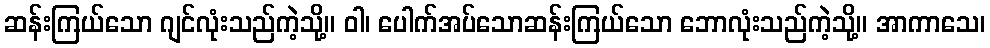
ဆန်းကြယ်သော ဂျင်လုံးသည်ကဲ့သို့။ ဝါ၊ ပေါက်အပ်သောဆန်းကြယ်သော ဘောလုံးသည်ကဲ့သို့။ အာကာသေ၊